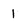
Character: 1